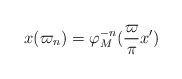
\begin{align*}x(\varpi_n) = \varphi_M^{-n}(\frac\varpi\pi x')\end{align*}